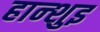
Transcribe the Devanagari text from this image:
हान्शुइ